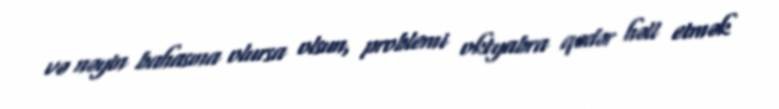
və nəyin bahasına olursa olsun, problemi oktyabra qədər həll etmək